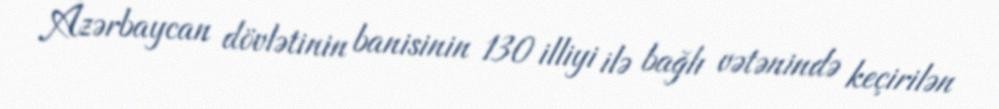
Azərbaycan dövlətinin banisinin 130 illiyi ilə bağlı vətənində keçirilən